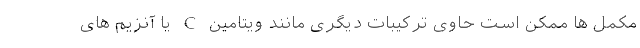
مکمل ها ممکن است حاوی ترکیبات دیگری مانند ویتامین C یا آنزیم های